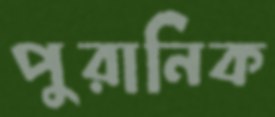
পুরানিক